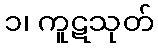
၁၊ ကူဋသုတ်